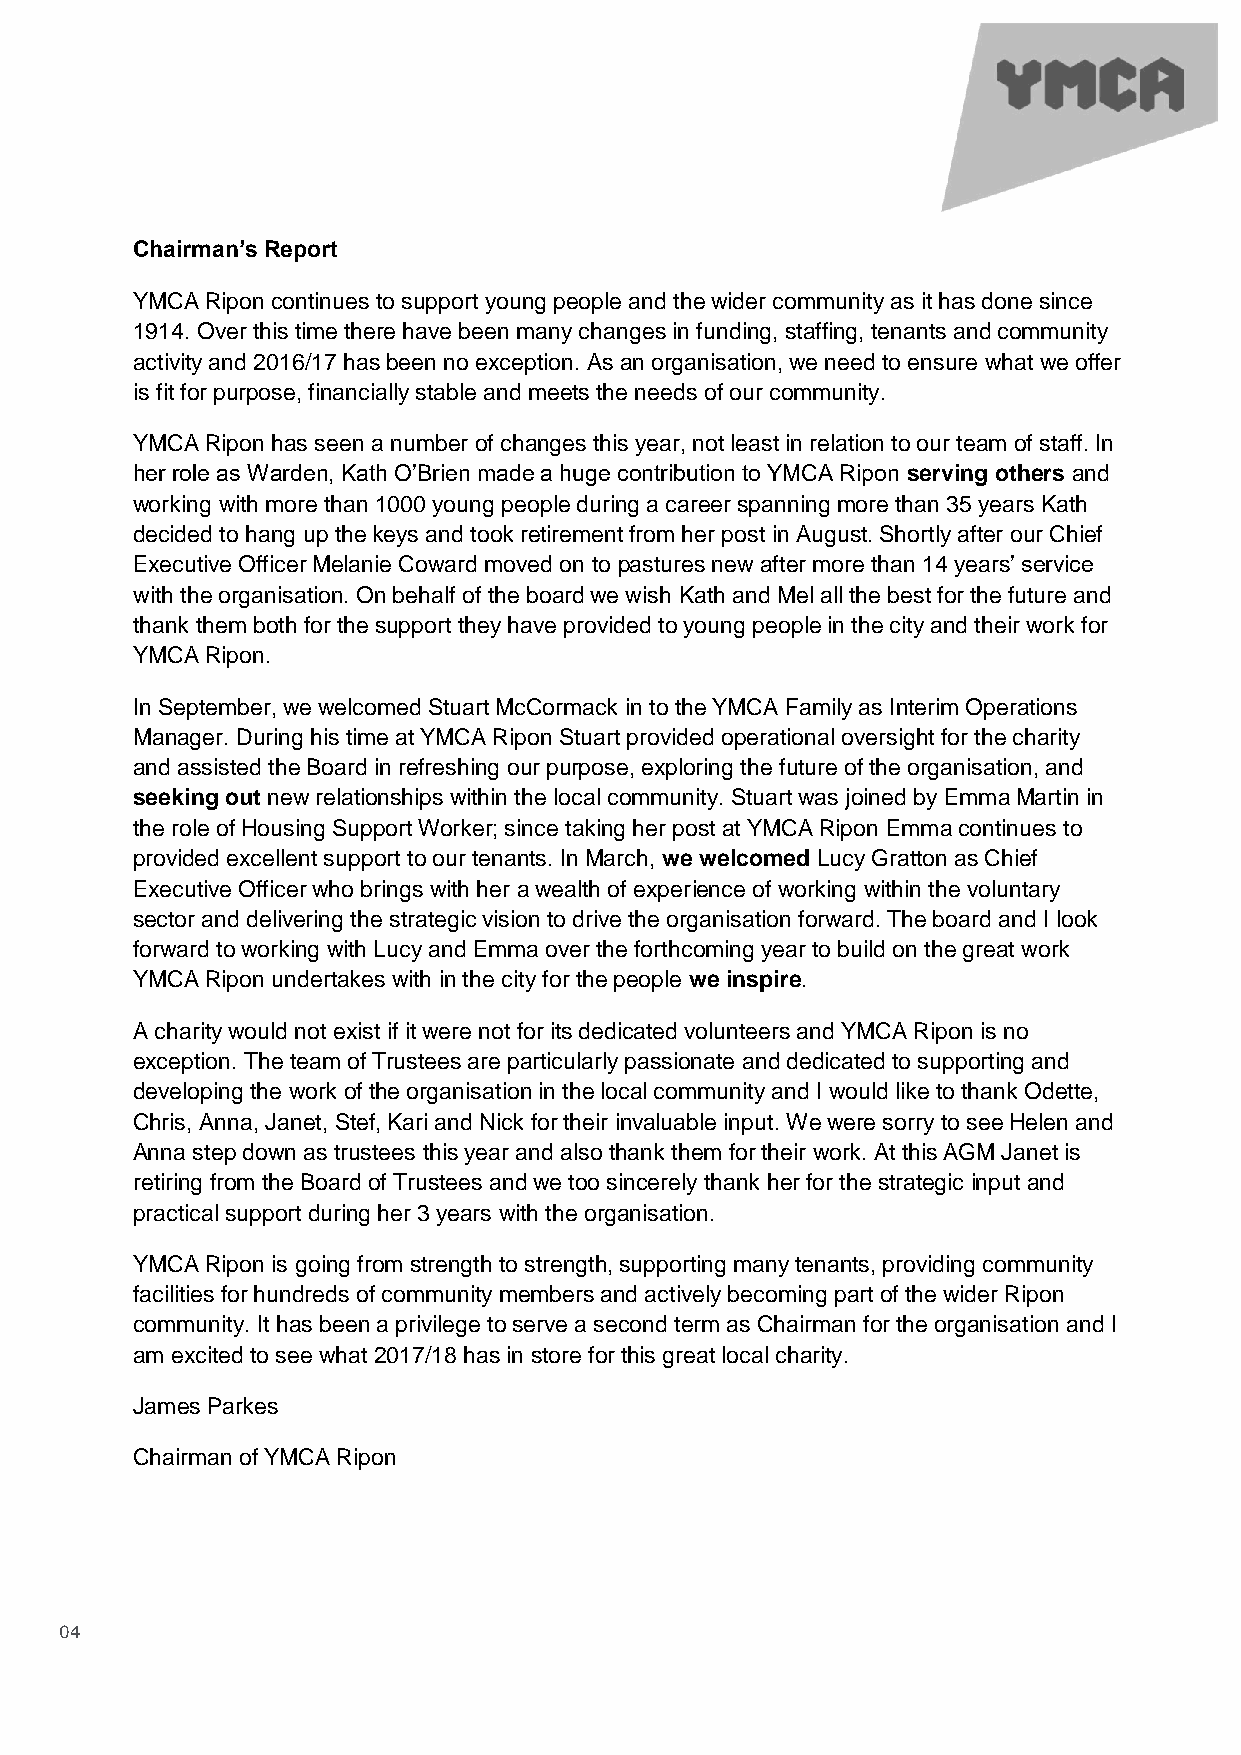
Chairman’s Report
 YMCA Ripon continues to support young people and the wider community as it has done since
 1914. Over this time there have been many changes in funding, staffing, tenants and community
 activity and 2016/17 has been no exception. As an organisation, we need to ensure what we offer
 is fit for purpose, financially stable and meets the needs of our community.
 YMCA Ripon has seen a number of changes this year, not least in relation to our team of staff. In
 her role as Warden, Kath O’Brien made a huge contribution to YMCA Ripon serving others and
 working with more than 1000 young people during a career spanning more than 35 years Kath
 decided to hang up the keys and took retirement from her post in August. Shortly after our Chief
 Executive Officer Melanie Coward moved on to pastures new after more than 14 years’ service
 with the organisation. On behalf of the board we wish Kath and Mel all the best for the future and
 thank them both for the support they have provided to young people in the city and their work for
 YMCA Ripon.
 In September, we welcomed Stuart McCormack in to the YMCA Family as Interim Operations
 Manager. During his time at YMCA Ripon Stuart provided operational oversight for the charity
 and assisted the Board in refreshing our purpose, exploring the future of the organisation, and
 seeking out new relationships within the local community. Stuart was joined by Emma Martin in
 the role of Housing Support Worker; since taking her post at YMCA Ripon Emma continues to
 provided excellent support to our tenants. In March, we welcomed Lucy Gratton as Chief
 Executive Officer who brings with her a wealth of experience of working within the voluntary
 sector and delivering the strategic vision to drive the organisation forward. The board and I look
 forward to working with Lucy and Emma over the forthcoming year to build on the great work
 YMCA Ripon undertakes with in the city for the people we inspire.
 A charity would not exist if it were not for its dedicated volunteers and YMCA Ripon is no
 exception. The team of Trustees are particularly passionate and dedicated to supporting and
 developing the work of the organisation in the local community and I would like to thank Odette,
 Chris, Anna, Janet, Stef, Kari and Nick for their invaluable input. We were sorry to see Helen and
 Anna step down as trustees this year and also thank them for their work. At this AGM Janet is
 retiring from the Board of Trustees and we too sincerely thank her for the strategic input and
 practical support during her 3 years with the organisation.
 YMCA Ripon is going from strength to strength, supporting many tenants, providing community
 facilities for hundreds of community members and actively becoming part of the wider Ripon
 community. It has been a privilege to serve a second term as Chairman for the organisation and I
 am excited to see what 2017/18 has in store for this great local charity.
 James Parkes
 Chairman of YMCA Ripon
 04